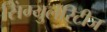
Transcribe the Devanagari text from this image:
सिंग्युलॅरिटीज